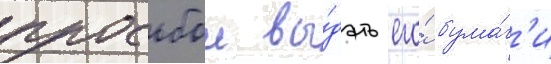
просьбои вы́дать его́ бума́г'и